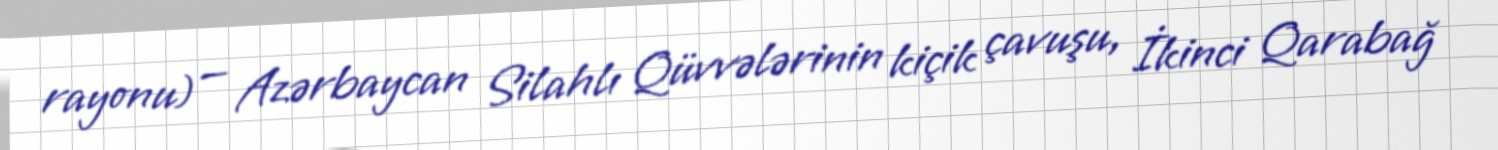
rayonu) — Azərbaycan Silahlı Qüvvələrinin kiçik çavuşu, İkinci Qarabağ